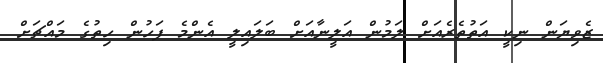
ޒެވިޔަން ނިކީ އަތުތެރެއަށް ލަމުން އަލީނާއަށް ބަލައިލީ އެންމެ ފަހުން ހިތުގެ މައްޗަށް